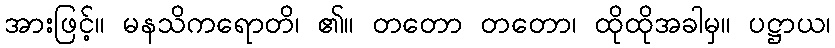
အားဖြင့်။ မနသိကရောတိ၊ ၏။ တတော တတော၊ ထိုထိုအခါမှ။ ပဋ္ဌာယ၊